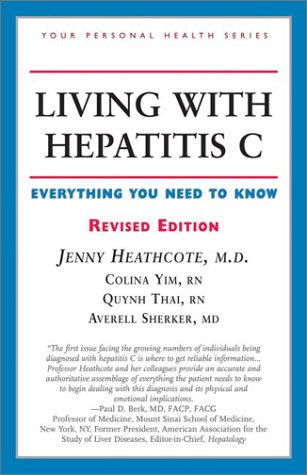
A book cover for Living With Hepatitis C: Everything You Need to Know (Your Personal Health); Jenny Heathcote; Health, Fitness & Dieting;